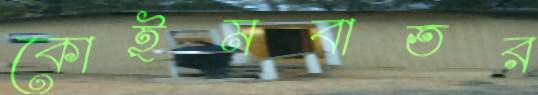
কোইমবাতর